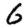
Digit: 6